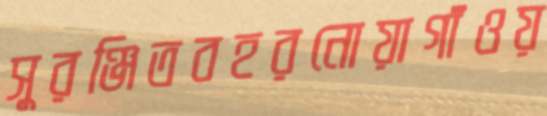
সুরঞ্জিতবহরনোয়াগাঁওয়